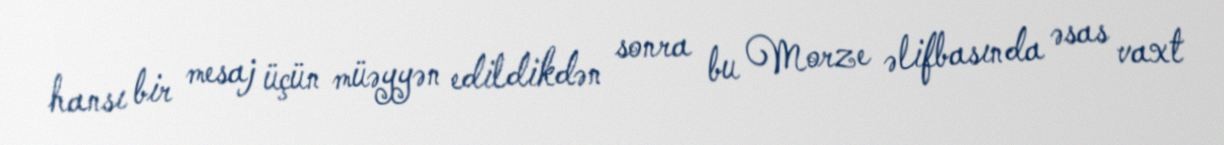
hansı bir mesaj üçün müəyyən edildikdən sonra bu Morze əlifbasında əsas vaxt